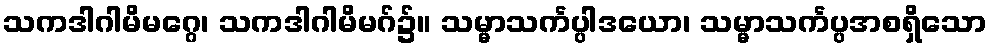
သကဒါဂါမိမဂ္ဂေ၊ သကဒါဂါမိမဂ်၌။ သမ္မာသင်္ကပ္ပါဒယော၊ သမ္မာသင်္ကပ္ပအစရှိသော